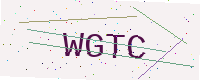
Text: WGTC